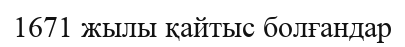
1671 жылы қайтыс болғандар